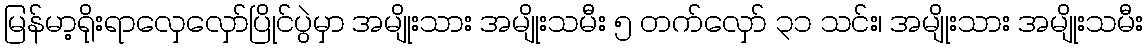
မြန်မာ့ရိုးရာလှေလှော်ပြိုင်ပွဲမှာ အမျိုးသား အမျိုးသမီး ၅ တက်လှော် ၃၁ သင်း၊ အမျိုးသား အမျိုးသမီး